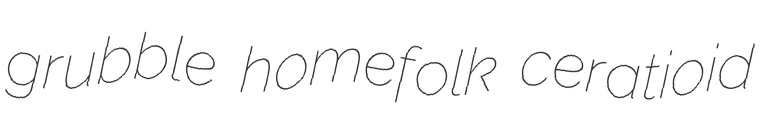
grubble homefolk ceratioid